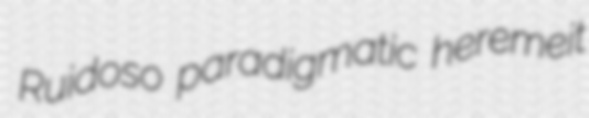
Ruidoso paradigmatic heremeit